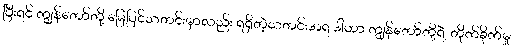
ပြီးရင် ကျွန်တော်တို့ မြေပြင်သတင်းမှာလည်း ရရှိတဲ့သတင်းအရ ဒါဟာ ကျွန်တော်တို့ရဲ့ တိုက်ခိုက်မှု